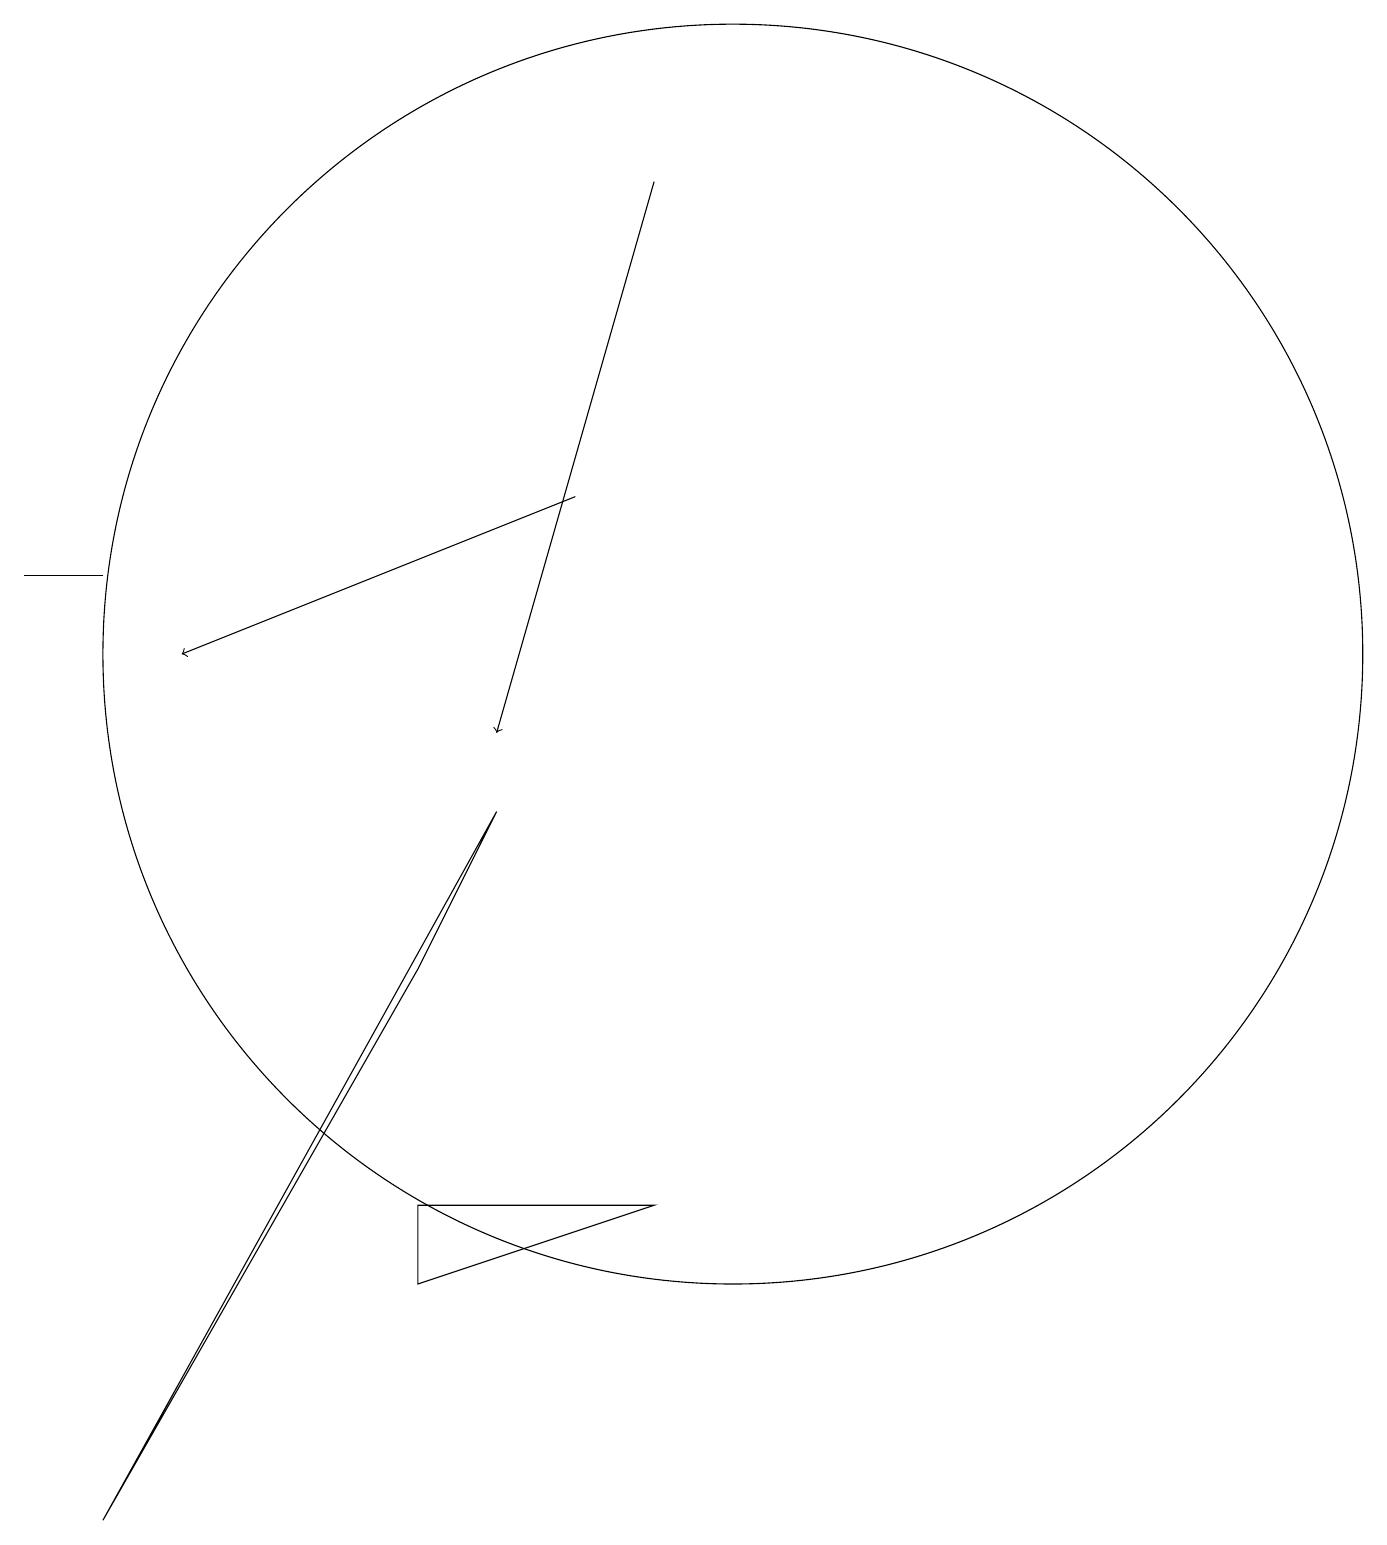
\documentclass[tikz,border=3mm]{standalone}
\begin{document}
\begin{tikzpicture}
\draw[->] (9,17) -- (7,10);
\draw (6,3) -- (9,4) -- (6,4) -- cycle;
\draw (1,12) rectangle (2,12);
\draw (2,0) -- (6,7) -- (7,9) -- cycle;
\draw[->] (8,13) -- (3,11);
\draw (10,11) circle (8);
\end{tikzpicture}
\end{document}